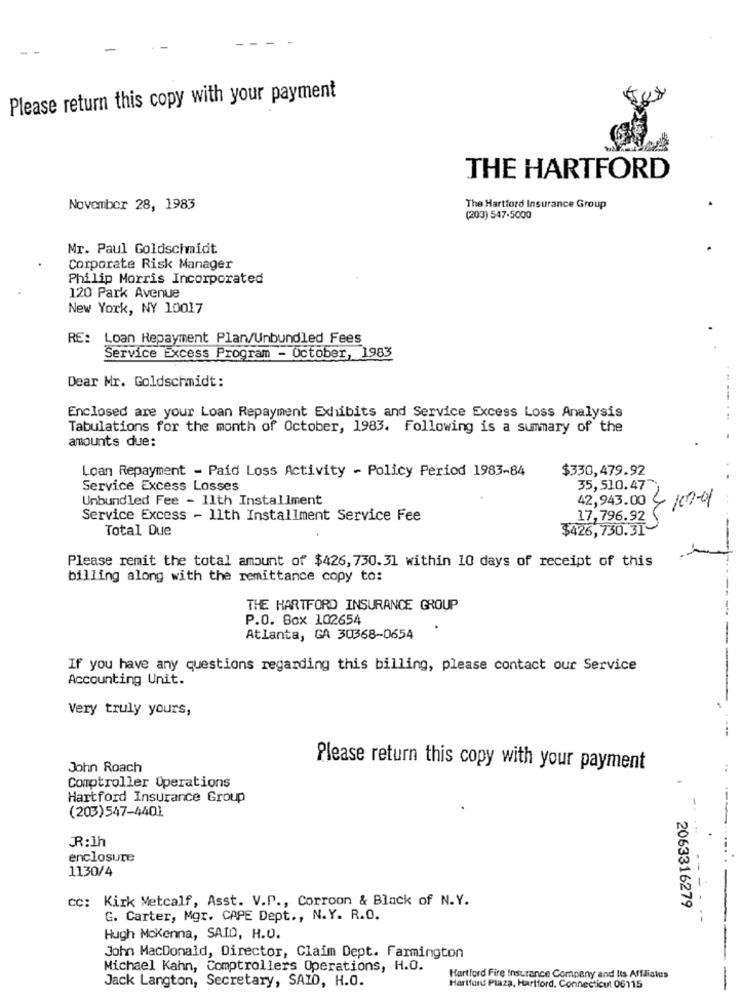
Please return this copy with your payment
THE HARTFORD
November 28, 1983
The Hartford Insurance Group
(203) 547-5000
Mr. Paul Goldschmidt
Corporate Risk Manager
Philip Morris Incorporated
120 Park Avenue
New York, NY 10017
RE: Loan Repayment Plan/Unbundled Fees
Service Excess Program - October, 1983
Dear Mr. Goldschmidt:
Enclosed are your Loan Repayment Exhibits and Service Excess Loss Analysis
Tabulations for the month of October, 1983. Following is a summary of the
amounts due:
Loan Repayment - Paid Loss Activity - Policy Period 1983-84
$330,479.92
Service Excess Losses
35,510.47"
Unbundled Fee - 11th Installment
42,943.00
109-01
Service Excess - 11th Installment Service Fee
17,796.92
Total Due
$426,730.31-
Please remit the total amount of $426, 730.31 within 10 days of receipt of this
billing along with the remittance copy to:
THE HARTFORD INSURANCE GROUP
P.O. Box 102654
Atlanta, GA 30368-0654
If you have any questions regarding this billing, please contact our Service
--
Accounting Unit.
Very truly yours,
John Roach
Please return this copy with your payment
Comptroller Operations
Hartford Insurance Group
(203)547-4401
-
R:Ih
enclosure
1130/4
cc: Kirk Metcalf, Asst. V.P ., Corroon & Black of N.Y.
2063316279
G. Carter, Mgr. CAPE Dept ., N.Y. R.O.
-- - - --
Hugh Mckenna, SAID, H.O.
John MacDonald, Director, Claim Dept. Farmington
Michael Kahn, Comptrollers Operations, H.O.
Hartford Fire Insurance Company and Its Affiliates
Jack Langton, Secretary, SAID, H.O.
Hartford Plaza, Hartford, Connecticut 06115